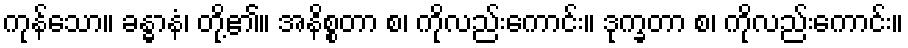
ကုန်သော။ ခန္ဓာနံ၊ တို့၏။ အနိစ္စတာ စ၊ ကိုလည်းကောင်း။ ဒုက္ခတာ စ၊ ကိုလည်းကောင်း။